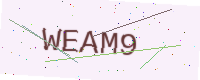
Text: WEAM9